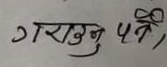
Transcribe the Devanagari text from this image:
गराउनु पर्ने,